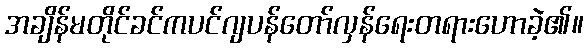
အချိန်မတိုင်ခင်ကပင်ဂျပန်တော်လှန်ရေးတရားဟောခဲ့၏။